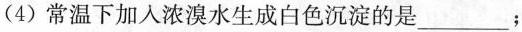
(4)常温下加入浓溴水生成白色沉淀的是___；